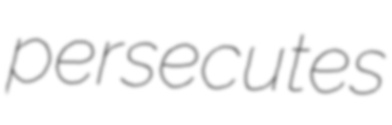
persecutes